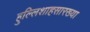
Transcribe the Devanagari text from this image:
हुल्लिशाहसारख्या